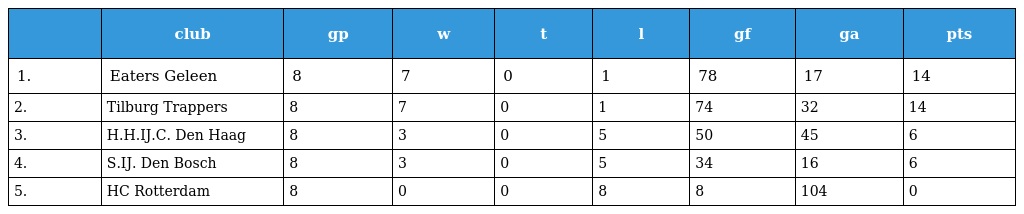
|  | club | gp | w | t | l | gf | ga | pts |
 | --- | --- | --- | --- | --- | --- | --- | --- | --- |
 | 1. | Eaters Geleen | 8 | 7 | 0 | 1 | 78 | 17 | 14 |
 | 2. | Tilburg Trappers | 8 | 7 | 0 | 1 | 74 | 32 | 14 |
 | 3. | H.H.IJ.C. Den Haag | 8 | 3 | 0 | 5 | 50 | 45 | 6 |
 | 4. | S.IJ. Den Bosch | 8 | 3 | 0 | 5 | 34 | 16 | 6 |
 | 5. | HC Rotterdam | 8 | 0 | 0 | 8 | 8 | 104 | 0 |